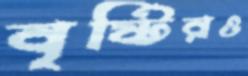
বৃষ্টিরও